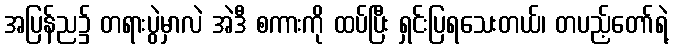
အပြန်ည၌ တရားပွဲမှာလဲ အဲဒီ စကားကို ထပ်ပြီး ရှင်းပြရသေးတယ်၊ တပည့်တော်ရဲ့